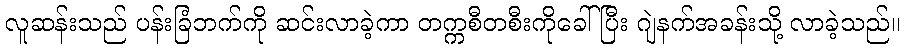
လူဆန်းသည် ပန်းခြံဘက်ကို ဆင်းလာခဲ့ကာ တက္ကစီတစီးကိုခေါ်ပြီး ဂျဲနက်အခန်းသို့ လာခဲ့သည်။